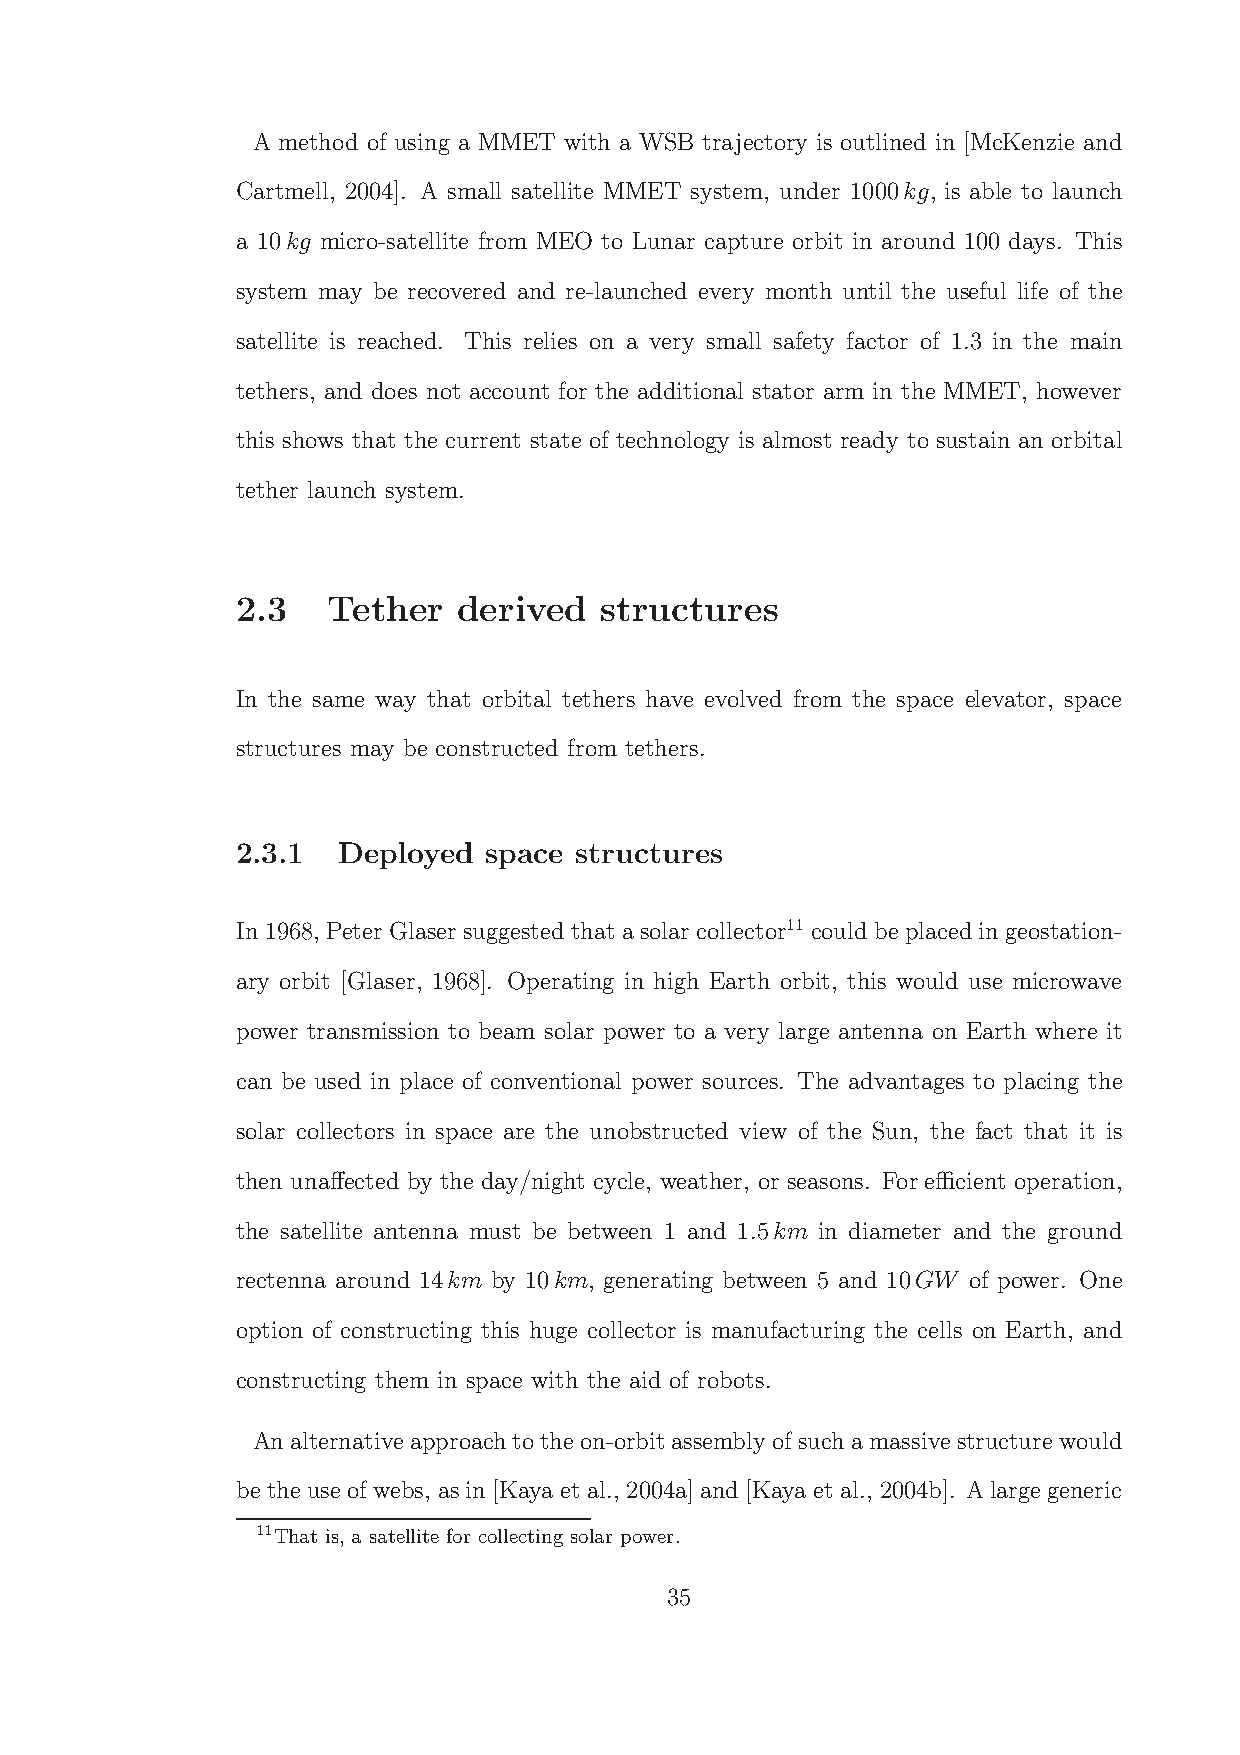
A method of using a MMET with a WSB trajectory is outlined in [McKenzie and
 Cartmell, 2004]. A small satellite MMET system, under 1000kg, is able to launch
 a 10kg micro-satellite from MEO to Lunar capture orbit in around 100 days. This
 system may be recovered and re-launched every month until the useful life of the
 satellite is reached. This relies on a very small safety factor of 1.3 in the main
 tethers, and does not account for the additional stator arm in the MMET, however
 this shows that the current state of technology is almost ready to sustain an orbital
 tether launch system.
 2.3   Tether  derived   structures
 In the same way that orbital tethers have evolved from the space elevator, space
 structures may be constructed from tethers.
 2.3.1 Deployed  space structures
 In1968, Peter Glaser suggested thatasolarcollector11 couldbeplacedingeostation-
 ary orbit [Glaser, 1968]. Operating in high Earth orbit, this would use microwave
 power transmission to beam solar power to a very large antenna on Earth where it
 can be used in place of conventional power sources. The advantages to placing the
 solar collectors in space are the unobstructed view of the Sun, the fact that it is
 then unaffected by the day/night cycle, weather, or seasons. For efficient operation,
 the satellite antenna must be between 1 and 1.5km in diameter and the ground
 rectenna around 14km by 10km, generating between 5 and 10GW of power. One
 option of constructing this huge collector is manufacturing the cells on Earth, and
 constructing them in space with the aid of robots.
 Analternativeapproachtotheon-orbitassembly ofsuchamassive structurewould
 bethe use of webs, asin [Kaya et al., 2004a]and[Kaya et al., 2004b]. Alargegeneric
 11That is, a satellite for collecting solar power.
 35